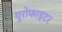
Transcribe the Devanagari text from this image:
यूरोफाइटर